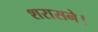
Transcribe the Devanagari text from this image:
शरासने।